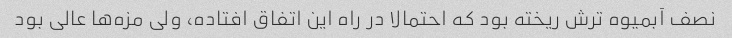
نصف آبمیوه ترش ریخته بود که احتمالا در راه این اتفاق افتاده، ولی مزه‌ها عالی بود